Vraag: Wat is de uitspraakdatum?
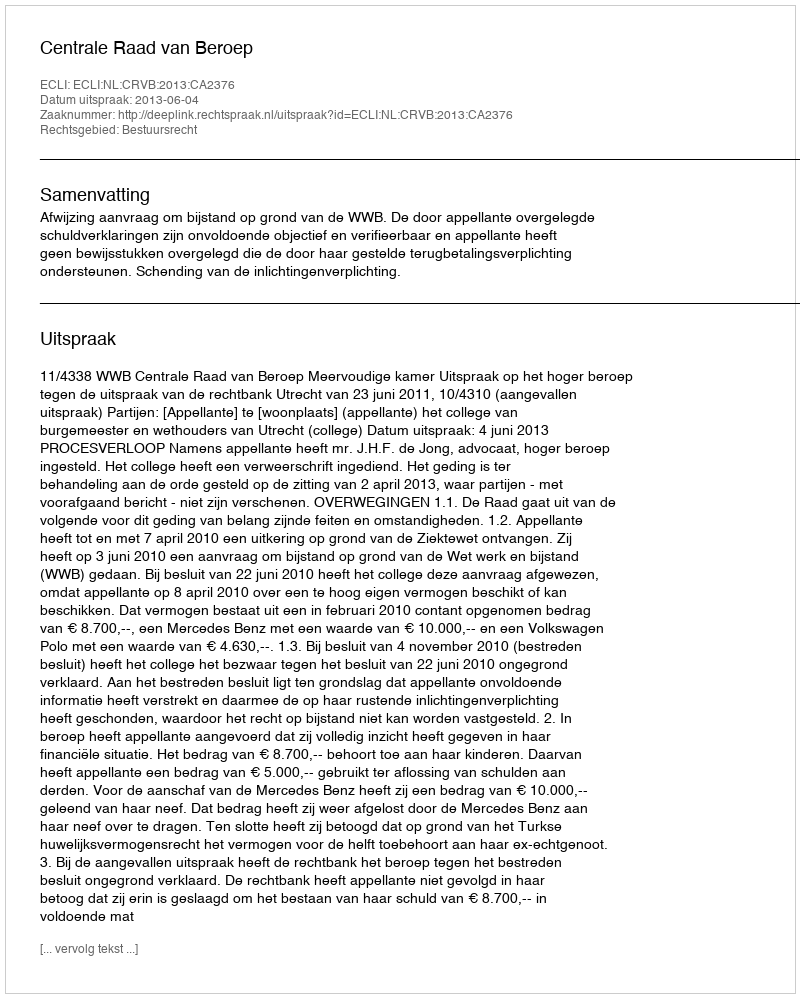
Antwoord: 2013-06-04